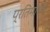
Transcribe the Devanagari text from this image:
प्रतिमानके